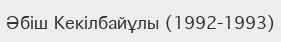
Әбіш Кекілбайұлы (1992-1993)